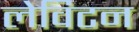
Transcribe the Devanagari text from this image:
लेविटन